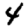
Digit: 4